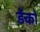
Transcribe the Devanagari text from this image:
ड़ेंको